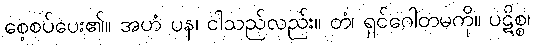
စေ့စပ်ပေး၏။ အဟံ ပန၊ ငါသည်လည်း။ တံ၊ ရှင်ဂေါတမကို။ ပဋိစ္စ၊